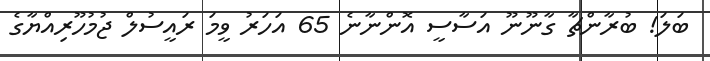
ބަލަ! ބުރާންޗާ ގާނޫނޫ އަސާސީ އޮންނާނެ 65 އަހަރު ވީމަ ރައީސުލް ޖުމުހޫރިއްޔާގެ